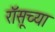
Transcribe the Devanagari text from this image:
रॉसूच्या